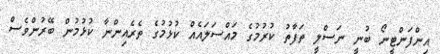
އިންފަންޓީނޯ ބުނީ ނަސްލީ ތަފާތު ކުރުމުގެ މައްސަލައެއް ކުޅުމުގެ ތެރެއިންނާ ކުޅުމުން ބޭރުންވެސް